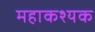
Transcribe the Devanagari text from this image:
महाकश्यक